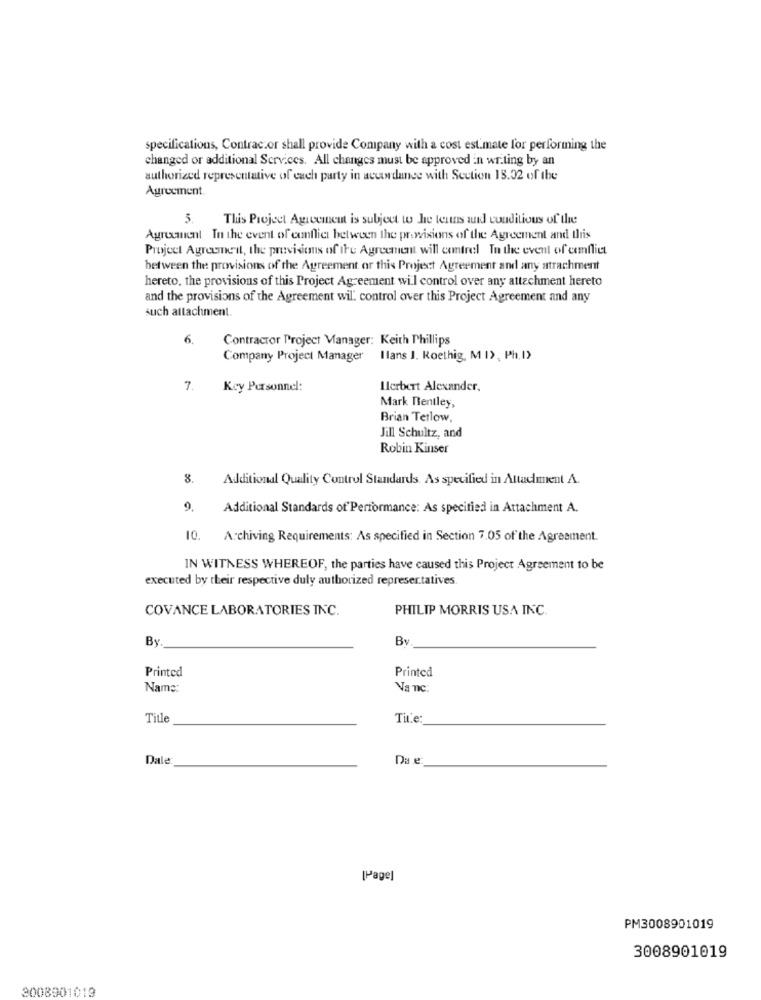
specifications, Contrac.or shall provide Company with a cost est.mate for performing the
changed or additional Services. All changes must be approved in writing by an
authorized representative of each party in accordance with Section 18.32 of the
Agreement.
5. This Project Agreement is subject to he teuns add conditions of the
Agrucanent In the event of conflict between the provisions of the Agreement and this
Project Agreement, the provisions of ire Agreement will centreel In the event of emfliet
between the provisions of the Agreement or this Project Agreement and any strachment
hereto, the provisions of this Project Agreement will control over any attachment hereto
and the provisions of the Agreement wil. control over this Project Agreement and any
such attachment.
6.
Contractor Project Manager: Keith Phillips
Company Project Manager Ilans J. Koethig, M I>, Ph. I)
7.
Key Personnel:
Ilerbert Alexander.
Mark Bentley,
Brian Tetlow,
Jill Schultz, and
Robin Kinser
8. Additional Quality Control Standards. As specified in Attadmment A.
9. Additional Standards of Performance: As specified in Attachment A.
10. A.chiving Requirements: As specified in Section 7.05 of the Agreement.
IN WITNESS WHEREOF, the parties have caused this Project Agreement to be
executed by their respective duly authorized representatives
COVANCE LABORATORIES INC.
PHILIP MORRIS USA INC.
By
Bv
Printed
Printed
Name:
Na nc:
Title
Tite
Dale
Da e:
[Page]
PM3008901019
3008901019
3008901019